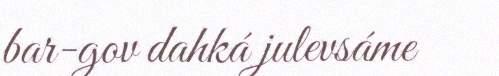
bar-gov dahká julevsáme